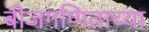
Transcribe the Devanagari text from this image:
बीजगणिताच्या